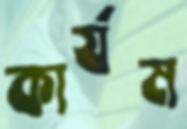
কার্যম